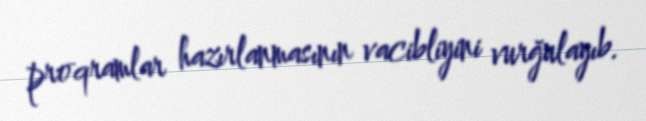
proqramlar hazırlanmasının vacibliyini vurğulayıb.